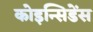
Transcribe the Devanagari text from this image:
कोइन्सिडेंस